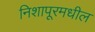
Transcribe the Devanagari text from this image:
निशापूरमधील